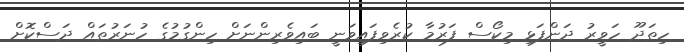
ހިތަދޫ ހަވީރު ދަންފަޅި މިކޯސް ފަރުމާ ކުރެވިފައިވަނީ ބައިވެރިންނަށް ހިންގުމުގެ ހުނަރުތައް ދަސްކޮށް